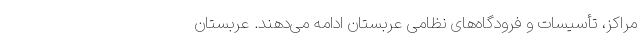
مراکز، تأسیسات و فرودگاه‌های نظامی عربستان ادامه می‌دهند. عربستان